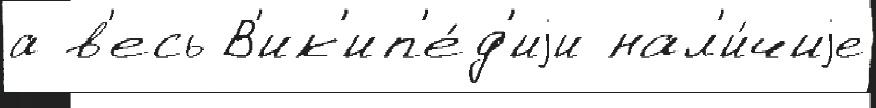
а в'есь В'ик'ип'е́д'иjи нал'и́чиjе